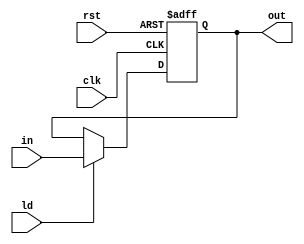
module Status_Register(clk, rst, ld, in, out);
    input clk;
    input rst;
    input ld;
    input [3:0] in;
    output reg [3:0] out;
    always@(negedge clk, posedge rst) 
	begin
		if (rst) 
            out <= 0;
		else 
        if (ld) 
            out <= in;
	end
endmodule